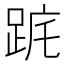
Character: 𨀟